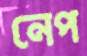
নেপ